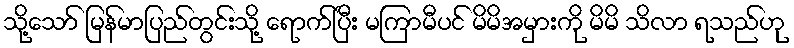
သို့သော် မြန်မာပြည်တွင်းသို့ ရောက်ပြီး မကြာမီပင် မိမိအမှားကို မိမိ သိလာ ရသည်ဟု